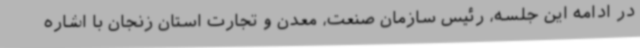
در ادامه این جلسه، رئیس سازمان صنعت، معدن و تجارت استان زنجان با اشاره